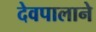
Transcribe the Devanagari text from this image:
देवपालाने